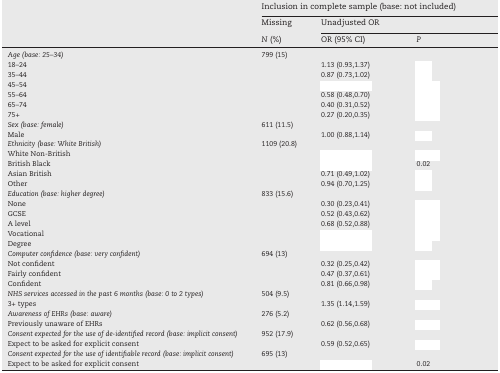
<table><thead><tr><td rowspan="3">[EMPTY_CELL]</td><td colspan="3"><b>Inclusion in complete sample (base: not included)</b></td></tr><tr><td><b>Missing</b></td><td colspan="2"><b>Unadjusted OR</b></td></tr><tr><td><b><i>N</i> (%)</b></td><td><b>OR (95% CI)</b></td><td><b><i>P</i></b></td></tr></thead><tbody><tr><td><i>Age (base: 25–34)</i></td><td>799 (15)</td><td>[EMPTY_CELL]</td><td>[EMPTY_CELL]</td></tr><tr><td>18–24</td><td>[EMPTY_CELL]</td><td>1.13 (0.93,1.37)</td><td>[EMPTY_CELL]</td></tr><tr><td>35–44</td><td>[EMPTY_CELL]</td><td>0.87 (0.73,1.02)</td><td>[EMPTY_CELL]</td></tr><tr><td>45–54</td><td>[EMPTY_CELL]</td><td>[EMPTY_CELL]</td><td>[EMPTY_CELL]</td></tr><tr><td>55–64</td><td>[EMPTY_CELL]</td><td>0.58 (0.48,0.70)</td><td>[EMPTY_CELL]</td></tr><tr><td>65–74</td><td>[EMPTY_CELL]</td><td>0.40 (0.31,0.52)</td><td>[EMPTY_CELL]</td></tr><tr><td>75+</td><td>[EMPTY_CELL]</td><td>0.27 (0.20,0.35)</td><td>[EMPTY_CELL]</td></tr><tr><td><i>Sex (base: female)</i></td><td>611 (11.5)</td><td>[EMPTY_CELL]</td><td>[EMPTY_CELL]</td></tr><tr><td>Male</td><td>[EMPTY_CELL]</td><td>1.00 (0.88,1.14)</td><td>[EMPTY_CELL]</td></tr><tr><td><i>Ethnicity (base: White British)</i></td><td>1109 (20.8)</td><td>[EMPTY_CELL]</td><td>[EMPTY_CELL]</td></tr><tr><td>White Non-British</td><td>[EMPTY_CELL]</td><td>[EMPTY_CELL]</td><td>[EMPTY_CELL]</td></tr><tr><td>British Black</td><td>[EMPTY_CELL]</td><td>[EMPTY_CELL]</td><td>0.02</td></tr><tr><td>Asian British</td><td>[EMPTY_CELL]</td><td>0.71 (0.49,1.02)</td><td>[EMPTY_CELL]</td></tr><tr><td>Other</td><td>[EMPTY_CELL]</td><td>0.94 (0.70,1.25)</td><td>[EMPTY_CELL]</td></tr><tr><td><i>Education (base: higher degree)</i></td><td>833 (15.6)</td><td>[EMPTY_CELL]</td><td>[EMPTY_CELL]</td></tr><tr><td>None</td><td>[EMPTY_CELL]</td><td>0.30 (0.23,0.41)</td><td>[EMPTY_CELL]</td></tr><tr><td>GCSE</td><td>[EMPTY_CELL]</td><td>0.52 (0.43,0.62)</td><td>[EMPTY_CELL]</td></tr><tr><td>A level</td><td>[EMPTY_CELL]</td><td>0.68 (0.52,0.88)</td><td>[EMPTY_CELL]</td></tr><tr><td>Vocational</td><td>[EMPTY_CELL]</td><td>[EMPTY_CELL]</td><td>[EMPTY_CELL]</td></tr><tr><td>Degree</td><td>[EMPTY_CELL]</td><td>[EMPTY_CELL]</td><td>[EMPTY_CELL]</td></tr><tr><td><i>Computer confidence (base: very confident)</i></td><td>694 (13)</td><td>[EMPTY_CELL]</td><td>[EMPTY_CELL]</td></tr><tr><td>Not confident</td><td>[EMPTY_CELL]</td><td>0.32 (0.25,0.42)</td><td>[EMPTY_CELL]</td></tr><tr><td>Fairly confident</td><td>[EMPTY_CELL]</td><td>0.47 (0.37,0.61)</td><td>[EMPTY_CELL]</td></tr><tr><td>Confident</td><td>[EMPTY_CELL]</td><td>0.81 (0.66,0.98)</td><td>[EMPTY_CELL]</td></tr><tr><td><i>NHS services accessed in the past 6 months (base: 0 to 2 types)</i></td><td>504 (9.5)</td><td>[EMPTY_CELL]</td><td>[EMPTY_CELL]</td></tr><tr><td>3+ types</td><td>[EMPTY_CELL]</td><td>1.35 (1.14,1.59)</td><td>[EMPTY_CELL]</td></tr><tr><td><i>Awareness of EHRs (base: aware)</i></td><td>276 (5.2)</td><td>[EMPTY_CELL]</td><td>[EMPTY_CELL]</td></tr><tr><td>Previously unaware of EHRs</td><td>[EMPTY_CELL]</td><td>0.62 (0.56,0.68)</td><td>[EMPTY_CELL]</td></tr><tr><td><i>Consent expected for the use of de-identified record (base: implicit consent)</i></td><td>952 (17.9)</td><td>[EMPTY_CELL]</td><td>[EMPTY_CELL]</td></tr><tr><td>Expect to be asked for explicit consent</td><td>[EMPTY_CELL]</td><td>0.59 (0.52,0.65)</td><td>[EMPTY_CELL]</td></tr><tr><td><i>Consent expected for the use of identifiable record (base: implicit consent)</i></td><td>695 (13)</td><td>[EMPTY_CELL]</td><td>[EMPTY_CELL]</td></tr><tr><td>Expect to be asked for explicit consent</td><td>[EMPTY_CELL]</td><td>[EMPTY_CELL]</td><td>0.02</td></tr></tbody></table>